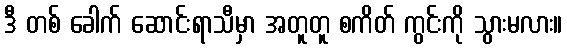
ဒီ တစ် ခေါက် ဆောင်းရာသီမှာ အတူတူ စကိတ် ကွင်းကို သွားမလား။